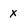
Character: x